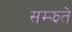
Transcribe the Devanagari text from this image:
सम्झते